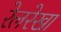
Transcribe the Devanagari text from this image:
रेलरेखा